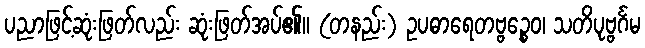
ပညာဖြင့်ဆုံးဖြတ်လည်း ဆုံးဖြတ်အပ်၏။ (တနည်း) ဥပဓာရေတဗ္ဗဉ္စေဝ၊ သတိပုဗ္ဗင်္ဂမ